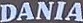
DANIA